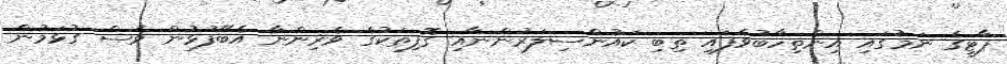
ޕާޓީގެ ނަމުގައި އިންތިހާބުވެފައި ތިބި ކައުންސިލަރުންނާއި ގޮފިތަކުގެ ވެރިންނާ އެބޭފުޅުން ވެސް ގުޅަމުން